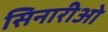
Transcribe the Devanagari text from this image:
सिनारीओ